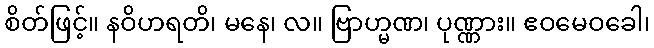
စိတ်ဖြင့်။ နဝိဟရတိ၊ မနေ၊ လ။ ဗြာဟ္မဏ၊ ပုဏ္ဏား။ ဧဝမေဝခေါ၊